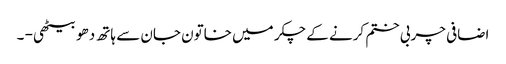
اضافی چربی ختم کرنے کے چکر میں خاتون جان سے ہاتھ دھو بیٹھی - ۔